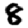
Digit: 8